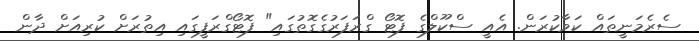
ސެރެމަނީތައް ކަވާކުރަން. އެއީ ސްކޫލްގެ ފޮޓޯ ގްރަފަރުގެގޮތުގައި" ފޮޓޯގްރަފީގައި އިތުރަށް ކުރިއަށް ދާން